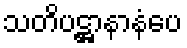
သတိပဋ္ဌာနာနံပေ